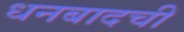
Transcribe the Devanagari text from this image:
धनबादची